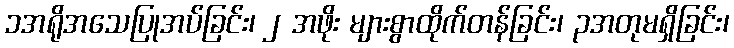
၁အရိုအသေပြုအပ်ခြင်း၊ ၂ အဖိုး များစွာထိုက်တန်ခြင်း၊ ၃အတုမရှိခြင်း၊